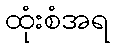
ထုံးစံအရ